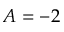
A = - 2